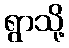
ရွာသို့